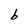
Character: b